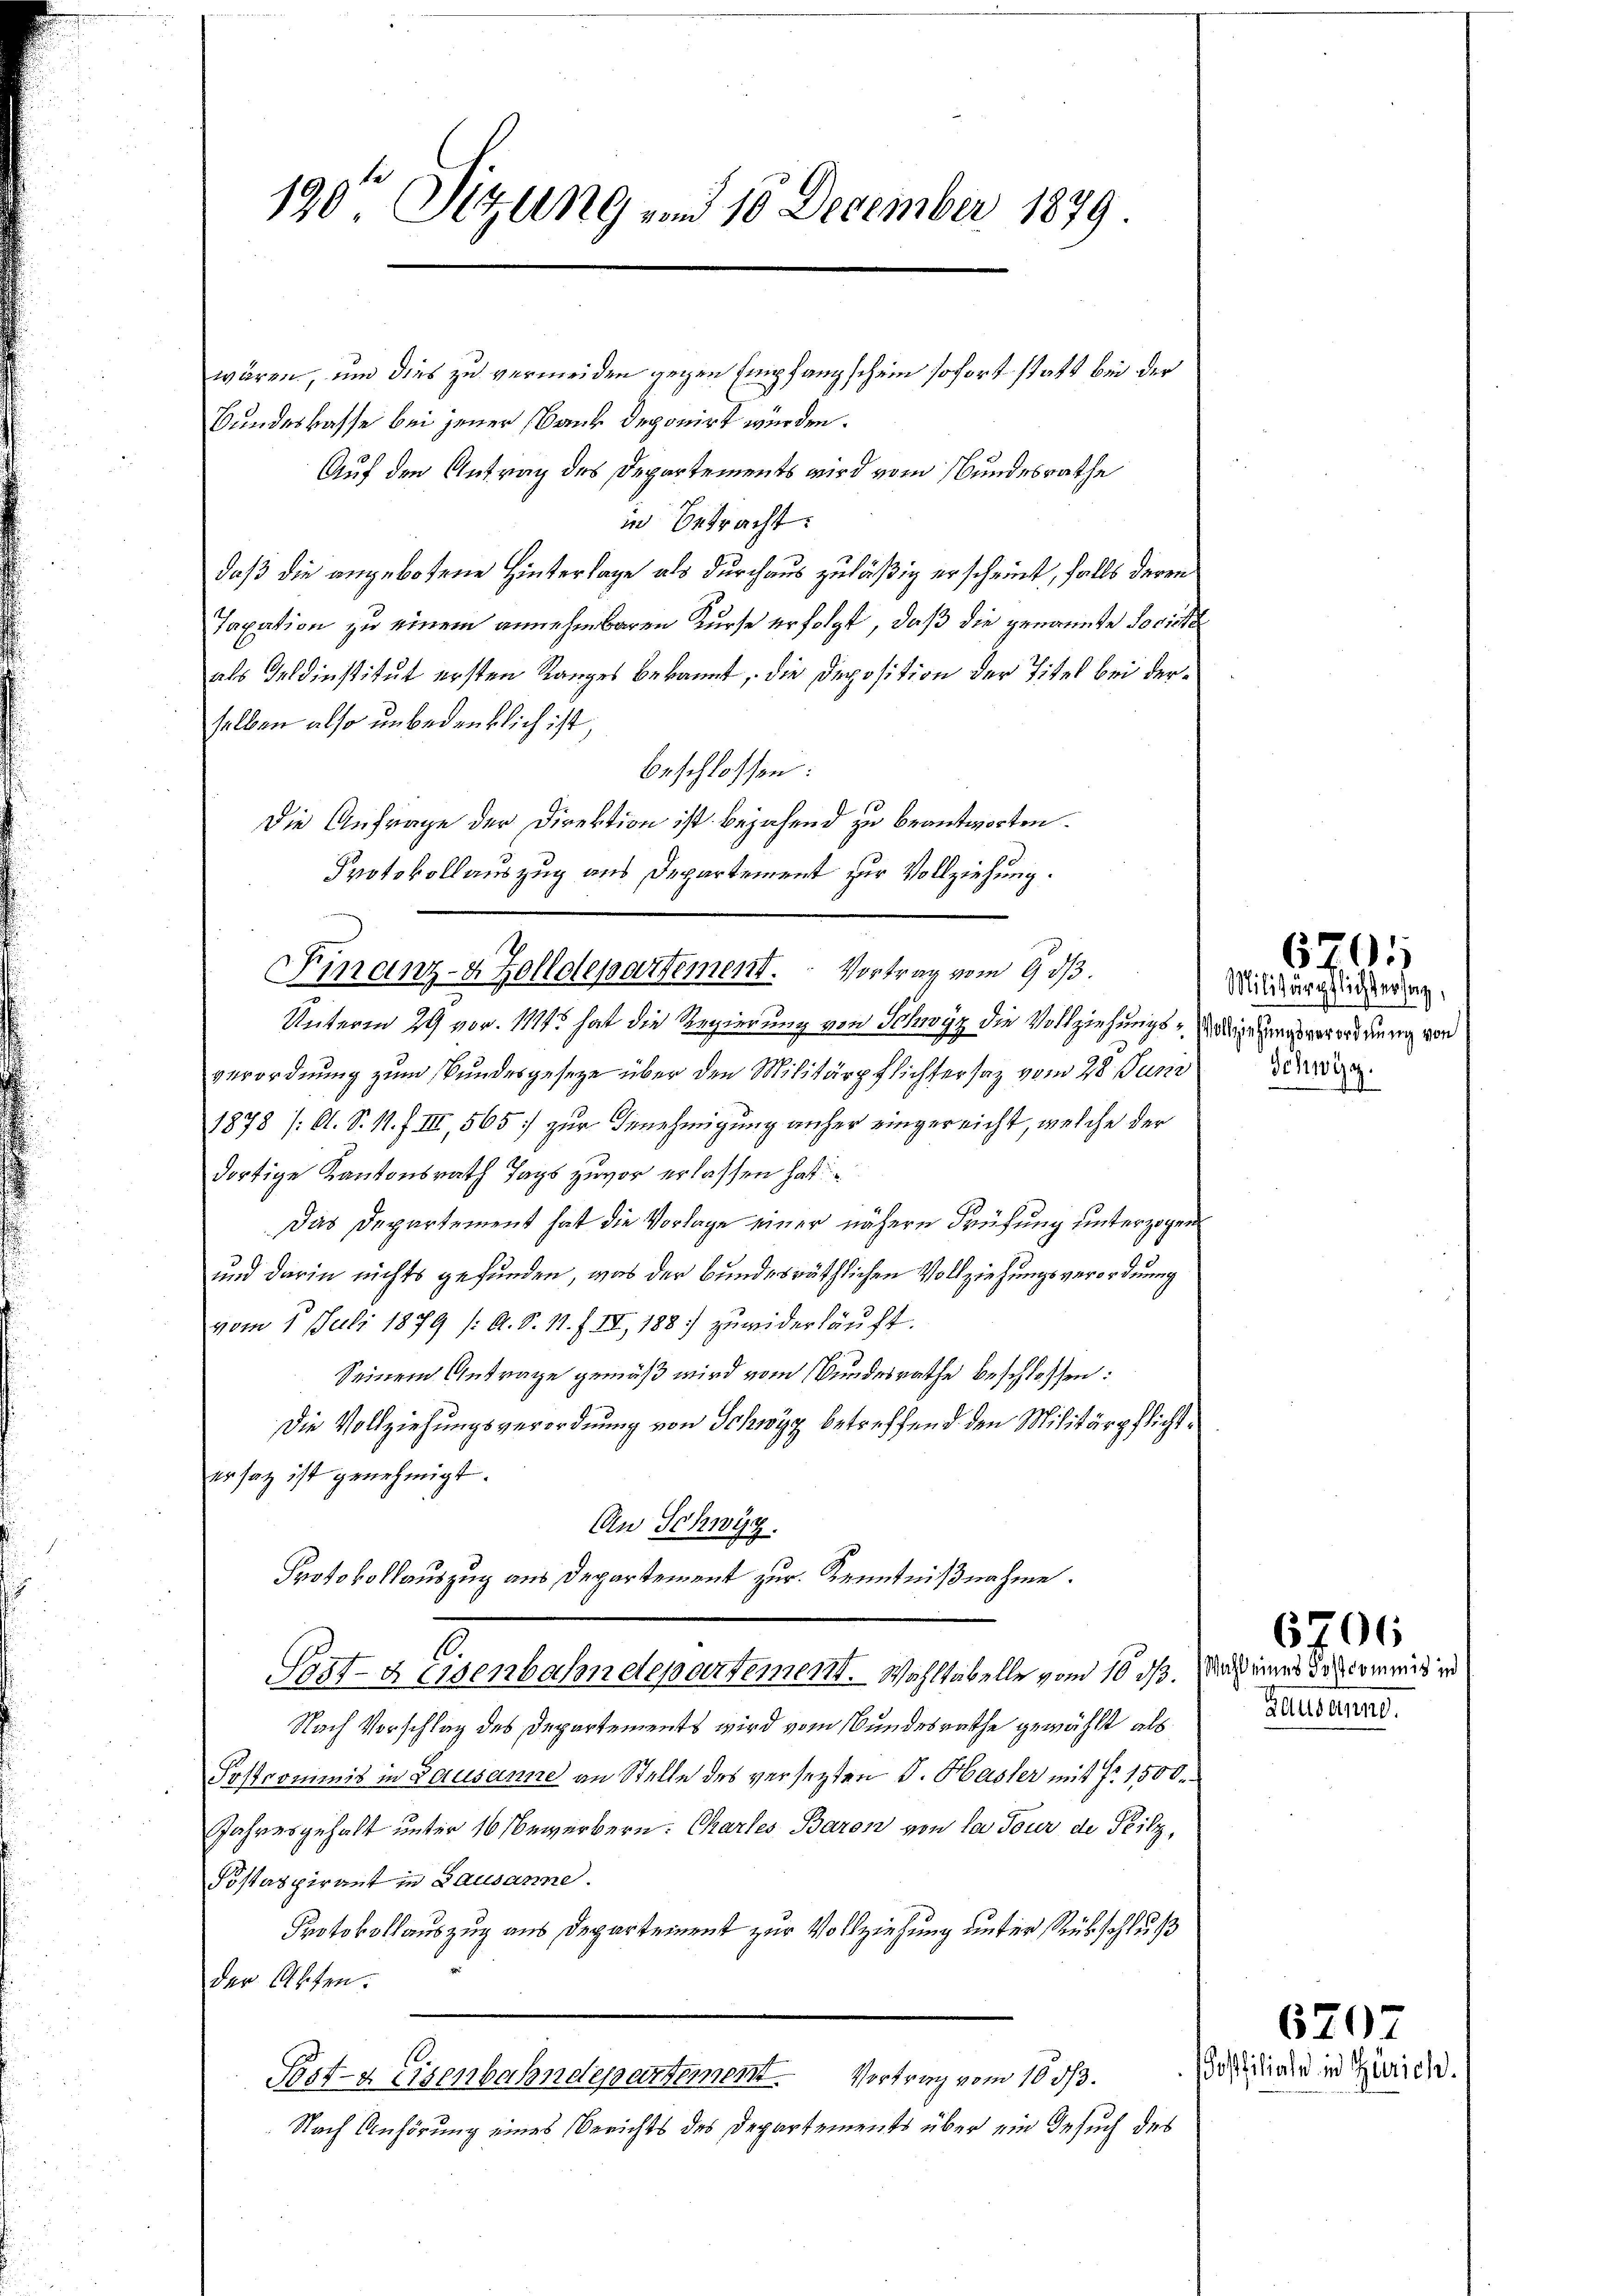
190te Sitzung und 10 December 1879.

wären, und dies zu vermeiden gegen Empfangschein sofort statt bei der
Bundeskasse bei jener Bank deponirt würden.
Auf den Antrag des Departements wird vom Bundesrathe
in Betracht:
daß die angebotene Hinterlage als durchaus zuläßig erscheint, falls deren
Taxation zu einem annehmbaren Kurse erfolgt, daß die genannte Societ
als Feldinstitut ersten Ranges bekannt, die Deposition der Titel bei derselben also unbedenklich ist,
beschlossen:
Die Anfrage der Direktion ist bejahend zu beantworten.
Protokollauszug aus Departement zur Vollziehung.

Finanz- & Zolldepartement.  ..  Vortrag vom 9. dβ.

Unterm 29 vor. 1114 hat die Regierung von Schwyz die Vollziehungs-Addingehungsverordnung von
verordnung zum Bundesgeseze über den Militärpflichtersatz vom 28. Juni der
1878 /: O. S. 1. f. III, 565] zur Benehmigung anher eingereicht, welche der
dortige Kantonsrath Tags zuvor erlassen hat
Das Departement hat die Vorlage einer nähern Prüfung unterzogen
und darin nichts gefunden, was der bundesräthlichen Vollziehungsverordnung
vom 1. Juli 1879 /: A. S. 11. f. IV, 188) zuwiderläuft.
Seinem Antrage gemäß wird vom Bundesrathe beschlossen:
Die Vollziehungsverordnung von Schwyz betreffend den Militärpflichtersatz ist genehmigt.
An Schwyz.
Protokollauszug aus Departement zur Kenntnißnahme.
l.
Post- & Eisenbahndepartement. Wahltabelle vom 10 d. Mich eines des commißi
Nach Vorschlag des Departements wird vom Bundesrathe gewählt als
Sostrommnis in Lausanne an Stelle des versetzten J. Hasler mit No 1500.
Jahresgehalt unter 10 bewerbern. Chartes Baron von la Tour de Teilz,
Postaspirant in Lausanne.
Protokollauszug aus Departement zur Vollziehung unter Rückschluß
der Akten.
.
Post- & Eisenbahndepartement. Vortrag vom 10 3/3.
Nach Anhörung eines Berichts des Departements über ein Gesuch des

194
Militärpflichtersag

Bausanne.

6701

6706

6707
Postfiliale in Zürich.